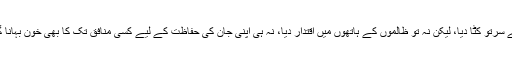
جنہوں نے سرتو کٹا دیا، لیکن نہ تو ظالموں کے ہاتھوں میں اقتدار دیا، نہ ہی اپنی جان کی حفاظت کے لیے کسی منافق تک کا بھی خون بہانا گوارہ کیا!